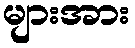
များအား